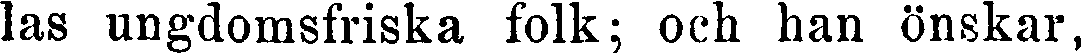
las ungdomsfriska folk; och han önskar,